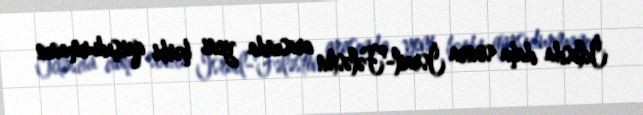
İclasda daha sonra İsrail-Fələstin arasında yeni hərbi qarşıdurmanın